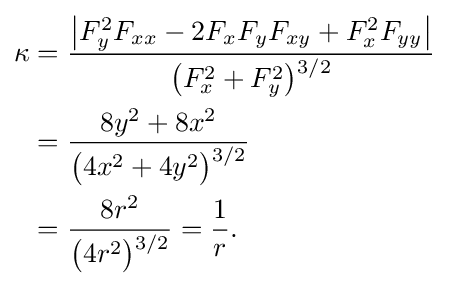
{\begin{aligned}\kappa &={\frac {\left|F_{y}^{2}F_{xx}-2F_{x}F_{y}F_{xy}+F_{x}^{2}F_{yy}\right|}{{\bigl (}F_{x}^{2}+F_{y}^{2}{\bigr )}{\vphantom {'}}^{3/2}}}\\&={\frac {8y^{2}+8x^{2}}{{\bigl (}4x^{2}+4y^{2}{\bigr )}{\vphantom {'}}^{3/2}}}\\&={\frac {8r^{2}}{{\bigl (}4r^{2}{\bigr )}{\vphantom {'}}^{3/2}}}={\frac {1}{r}}.\end{aligned}}